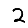
Digit: 2